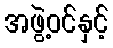
အဖွဲ့ဝင်နှင့်